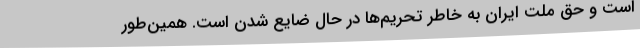
است و حق ملت ایران به خاطر تحریم‌ها در حال ضایع شدن است. همین‌طور